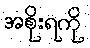
အစိုးရကို